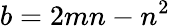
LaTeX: b=2mn-n^{2}